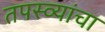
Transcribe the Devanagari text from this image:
तपस्व्यांचा